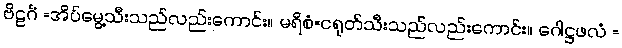
ဗိဠင်္ဂံ =အိပ်မွေ့သီးသည်လည်းကောင်း။ မရိစံ=ငရုတ်သီးသည်လည်းကောင်း။ ဂေါဋ္ဌဖလံ =